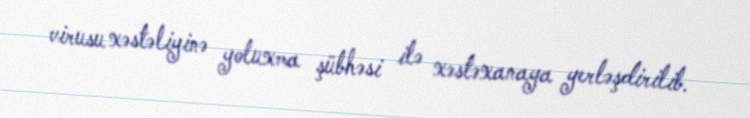
virusu xəstəliyinə yoluxma şübhəsi ilə xəstəxanaya yerləşdirilib.